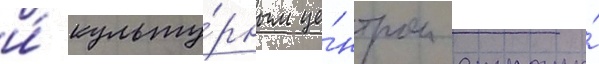
и́ культу́рным це́нтром страны́